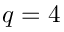
q = 4